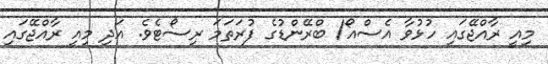
މިއީ ރާއްޖޭގައި ހުޅުވާ އެސްއޯ/ ބްރޭންޑުގެ ފުރަތަމަ ރިސޯޓެވެ. އަދި މިއީ ރާއްޖޭގައި